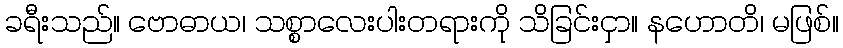
ခရီးသည်။ ဗောဓာယ၊ သစ္စာလေးပါးတရားကို သိခြင်းငှာ။ နဟောတိ၊ မဖြစ်။